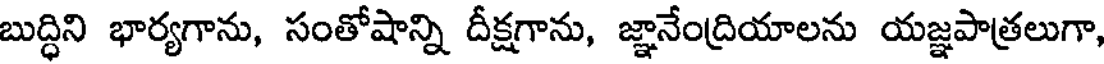
బుద్ధిని భార్యగాను, సంతోషాన్ని దీక్షగాను, జ్ఞానేంద్రియాలను యజ్ఞపాత్రలుగా,